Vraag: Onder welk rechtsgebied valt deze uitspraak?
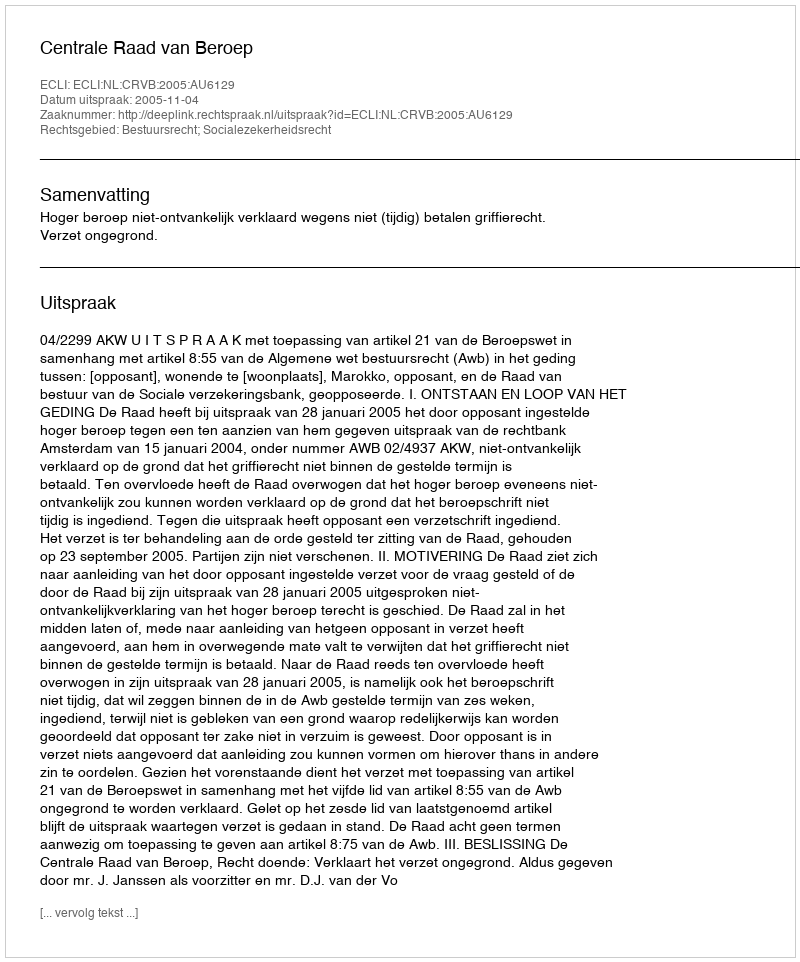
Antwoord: Bestuursrecht; Socialezekerheidsrecht